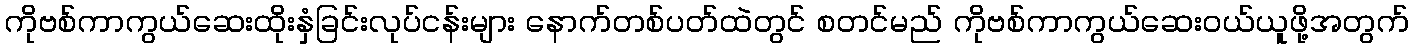
ကိုဗစ်ကာကွယ်ဆေးထိုးနှံခြင်းလုပ်ငန်းများ နောက်တစ်ပတ်ထဲတွင် စတင်မည် ကိုဗစ်ကာကွယ်ဆေးဝယ်ယူဖို့အတွက်